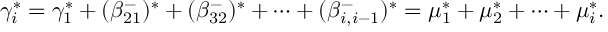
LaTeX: \gamma _ { i } ^ { * } = \gamma _ { 1 } ^ { * } + ( \beta _ { 2 1 } ^ { - } ) ^ { * } + ( \beta _ { 3 2 } ^ { - } ) ^ { * } + \cdots + ( \beta _ { i , i - 1 } ^ { - } ) ^ { * } = \mu _ { 1 } ^ { * } + \mu _ { 2 } ^ { * } + \cdots + \mu _ { i } ^ { * } .